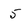
Character: 5